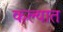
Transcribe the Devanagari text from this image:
कल्यात